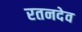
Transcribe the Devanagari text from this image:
रतनदेव